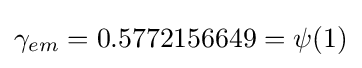
\gamma _{em}=0.5772156649=\psi (1)